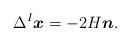
LaTeX: \begin{align*} \Delta ^{I}\boldsymbol{x}= -2H\boldsymbol{n}.\end{align*}